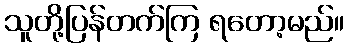
သူတို့ပြန်တက်ကြ ရတော့မည်။